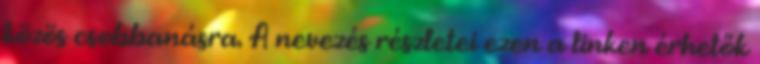
közös csobbanásra. A nevezés részletei ezen a linken érhetők